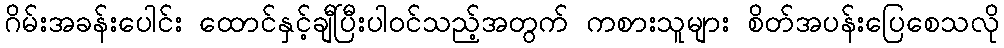
ဂိမ်းအခန်းပေါင်း ထောင်နှင့်ချီပြီးပါဝင်သည့်အတွက် ကစားသူများ စိတ်အပန်းပြေစေသလို